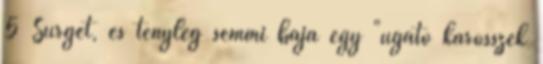
5 Surgét, és tényleg semmi baja egy "ugató karosszék